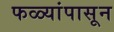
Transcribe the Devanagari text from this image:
फळ्यांपासून